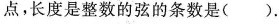
点，长度是整数的弦的条数是( ).